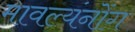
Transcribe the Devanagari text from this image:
मावल्यंनोंग